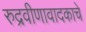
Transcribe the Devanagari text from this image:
रुद्रवीणावादकाचे